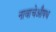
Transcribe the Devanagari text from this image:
नावाचेऔषध